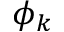
\phi _ { k }